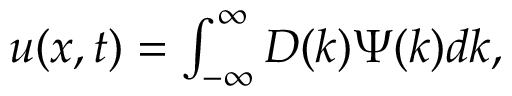
\begin{array} { r } { u ( x , t ) = \int _ { - \infty } ^ { \infty } D ( k ) \Psi ( k ) d k , } \end{array}